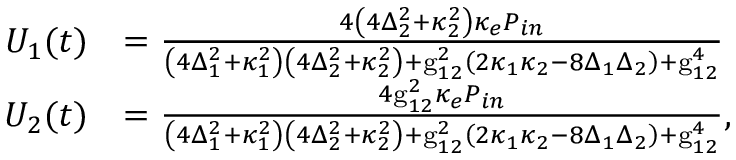
\begin{array} { r l } { U _ { 1 } ( t ) } & { = \frac { 4 \left( 4 \Delta _ { 2 } ^ { 2 } + \kappa _ { 2 } ^ { 2 } \right) \kappa _ { e } P _ { i n } } { \left( 4 \Delta _ { 1 } ^ { 2 } + \kappa _ { 1 } ^ { 2 } \right) \left( 4 \Delta _ { 2 } ^ { 2 } + \kappa _ { 2 } ^ { 2 } \right) + \mathrm { g } _ { 1 2 } ^ { 2 } \left( 2 \kappa _ { 1 } \kappa _ { 2 } - 8 \Delta _ { 1 } \Delta _ { 2 } \right) + \mathrm { g } _ { 1 2 } ^ { 4 } } } \\ { U _ { 2 } ( t ) } & { = \frac { 4 \mathrm { g } _ { 1 2 } ^ { 2 } \kappa _ { e } P _ { i n } } { \left( 4 \Delta _ { 1 } ^ { 2 } + \kappa _ { 1 } ^ { 2 } \right) \left( 4 \Delta _ { 2 } ^ { 2 } + \kappa _ { 2 } ^ { 2 } \right) + \mathrm { g } _ { 1 2 } ^ { 2 } \left( 2 \kappa _ { 1 } \kappa _ { 2 } - 8 \Delta _ { 1 } \Delta _ { 2 } \right) + \mathrm { g } _ { 1 2 } ^ { 4 } } , } \end{array}